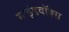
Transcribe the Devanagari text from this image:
माइंडवॉक्स